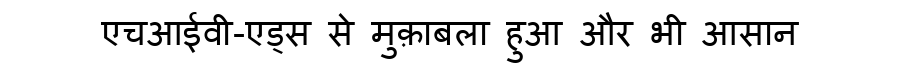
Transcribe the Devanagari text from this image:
एचआईवी-एड्स से मुक़ाबला हुआ और भी आसान